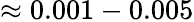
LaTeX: \approx 0.001-0.005